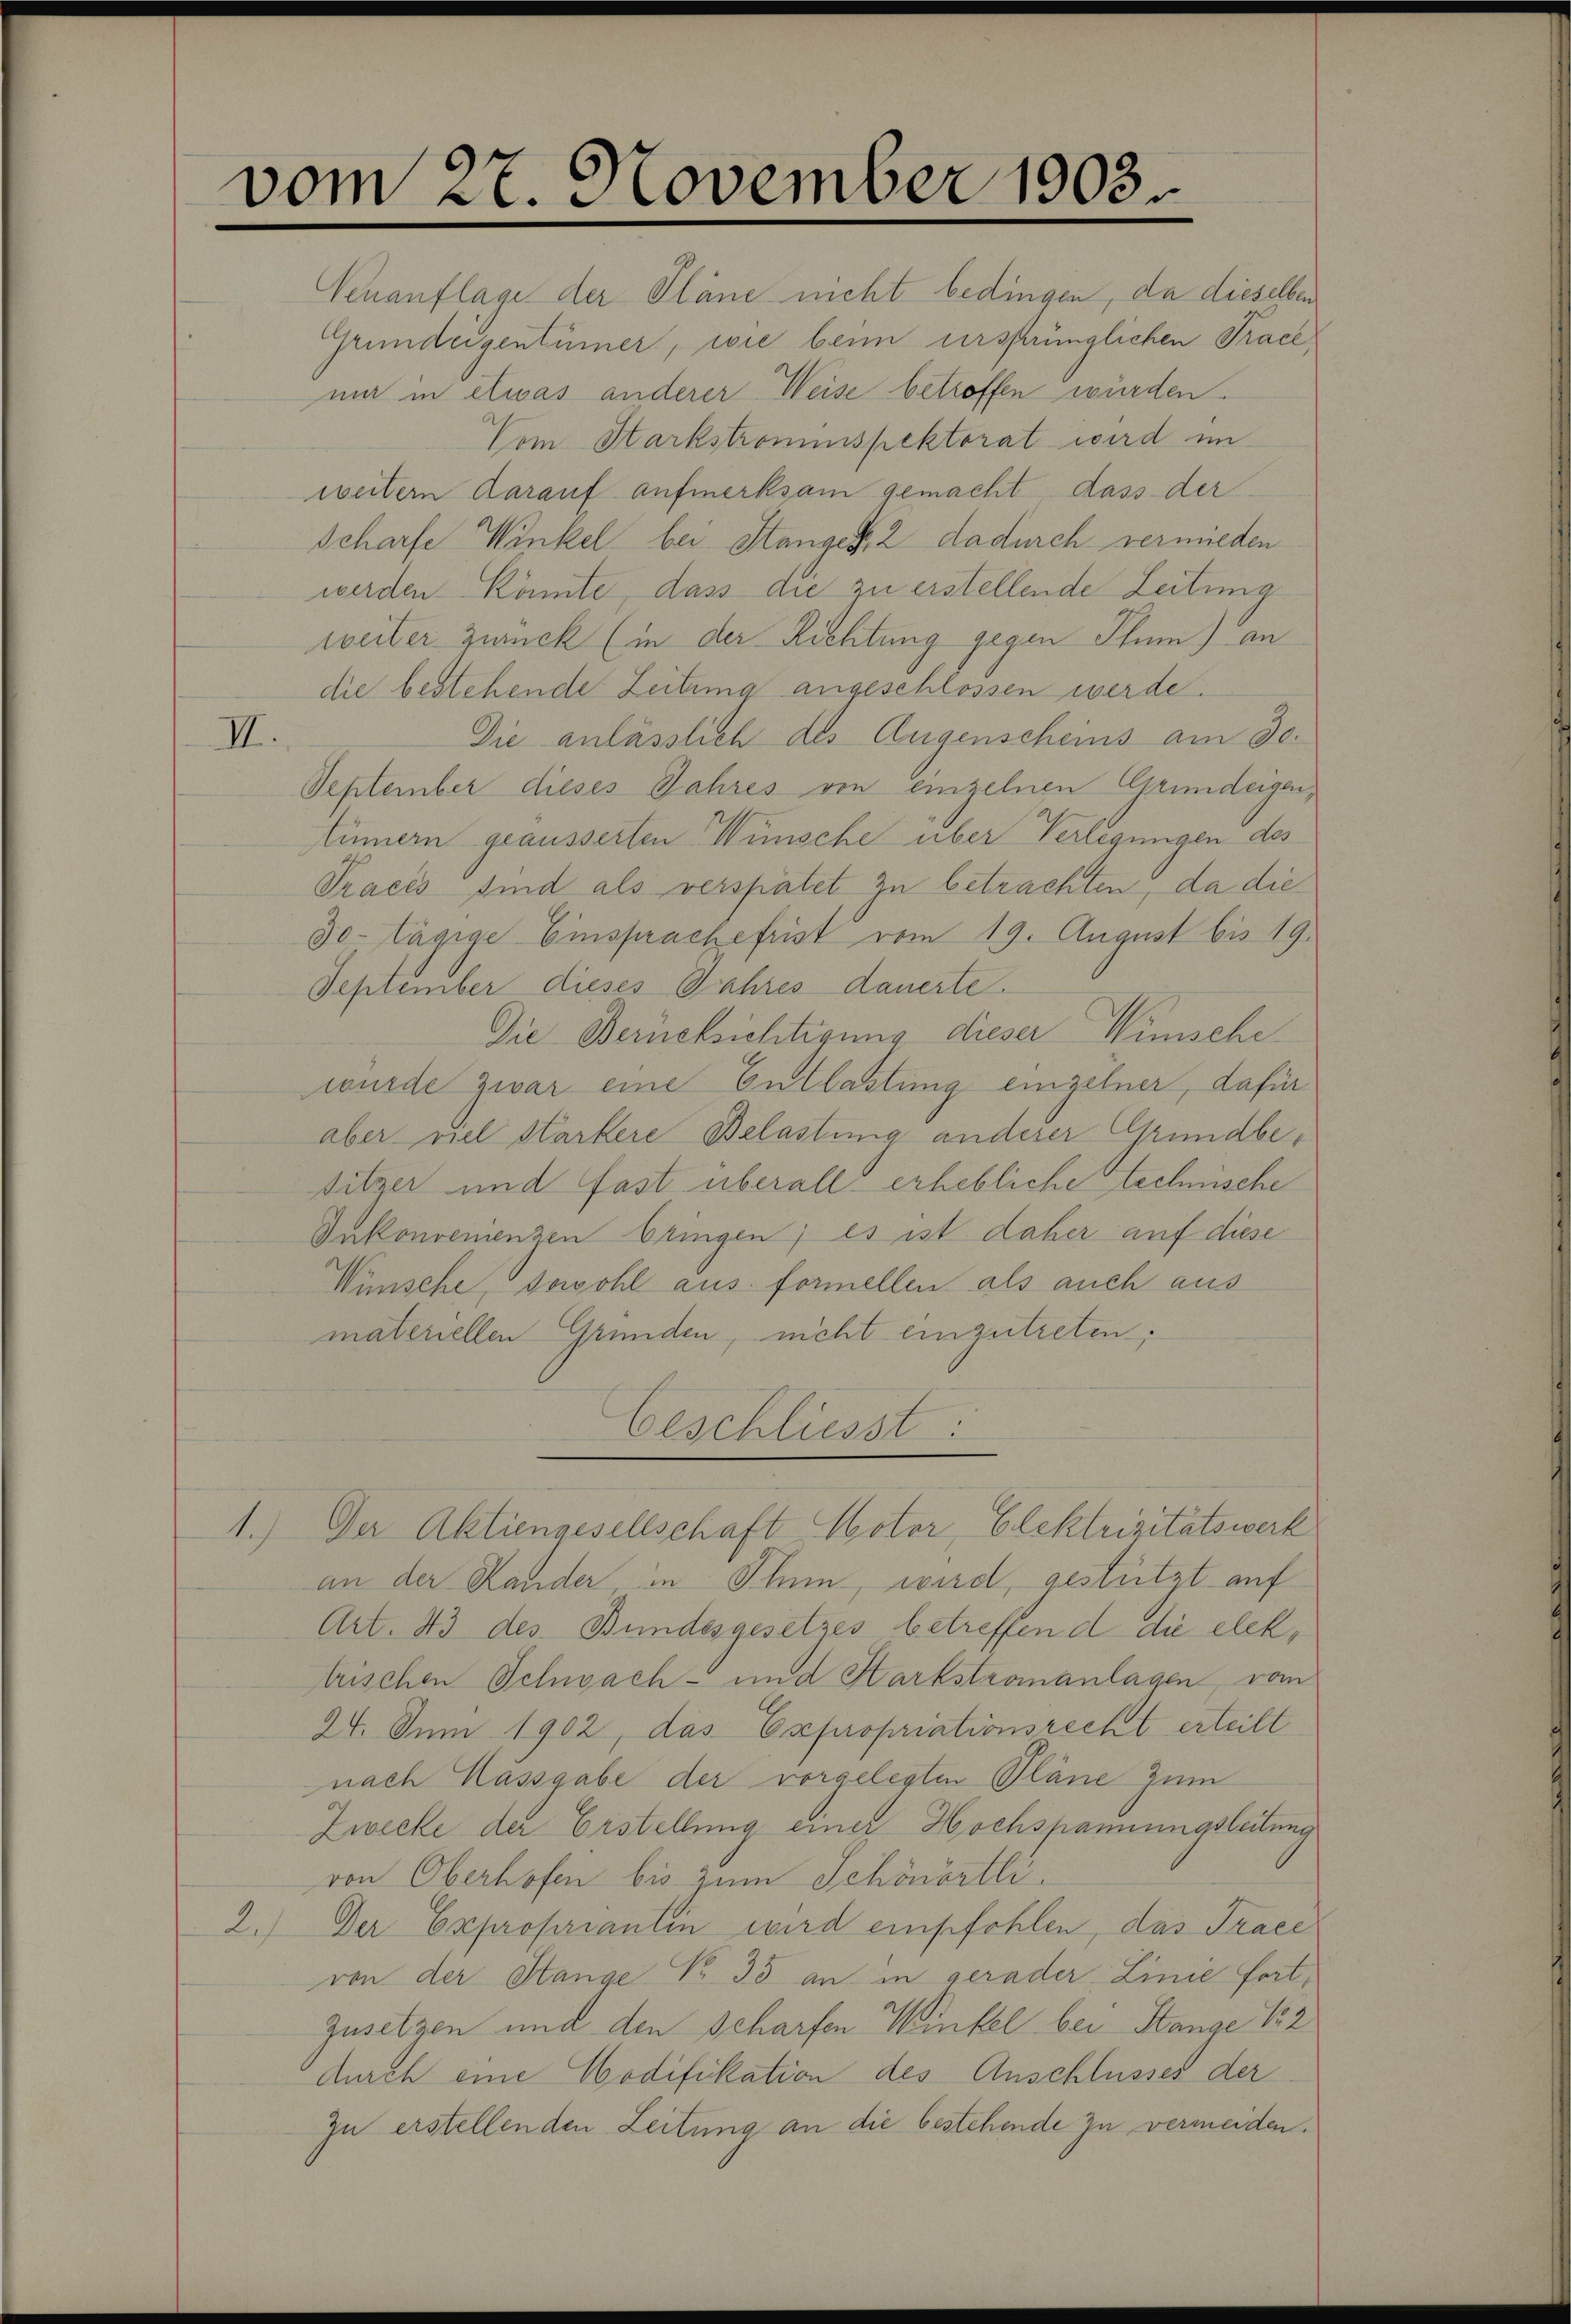
vom 27. November 1903

II.

Venanflage der Pläne nicht bedingen, da dieselben
Grundeigentümer, wie beim ursprünglichen Tracemir in etwas anderer Weise betroffen würden.
Vom Starkstromespektorat wird im
weitern darauf aufmerksam gemacht dass der
Scharfe Winkel bei Stanger, 2 dadurch vermieden
werden könnte, dass die zu erstellende Zeitung
weiter zwück (in der Richtung gegen Plum) an
die bestehende Zeitung angeschlossen werde.
Die anlässlich des Augenscheins am 30.
September dieses Jahres von einzelnen Grundeigen,
Linnern geäusserten Wünsche über Verlegungen des
Praces sind als verspätet zu betrachten, da die
30- tägige Einsprachefrist vom 19. August bis 19.
September dieses Jahres dauerte.
Die Berücksichtigung dieser Wünschewurde zwar eine Entlastung einzelner, dafür
aber viel Harkere Belastung anderer Grundbesitzer und fast überall erhebliche technische
Inkonvenienzen bringen; es ist daher auf diese
Wünsche, sowohl aus formellen als auch aus
materiellen Gründen, nicht einzutreten,
Geschliesst
1.) Der Aktiengesellschaft Motor, Elektrizitätswerk
an der Hander in Thun, wird, gestützt auf
Art. 43 des Bundesgesetzes betreffend die elektrischen Schwach- und Harkstronanlagen vom
24. Juni 1902, das Expropriationsrecht erteilt
nach Hassgabe der vorgelegten Pläne zum
Zwecke der Erstellung einer Hochspannungsleitung
von Oberhofen bis zum Schönörtli.
2.) Der Expropriantin wird empfohlen, das Trace
von der Stange No 33 an in gerader Linie fort¬
Zusetzen und den Scharfen Winkel bei Stange 12
durch eine Modifikation des Anschlusses der
zu erstellenden Leitung an die bestehende zu vermeiden.